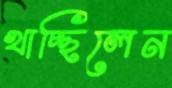
খাচ্ছিলেন